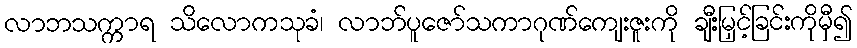
လာဘသက္ကာရ သိလောကသုခံ၊ လာဘ်ပူဇော်သကာဂုဏ်ကျေးဇူးကို ချီးမြှင့်ခြင်းကိုမှီ၍